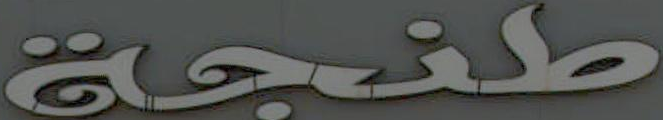
طنجة